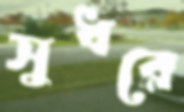
সুধরে